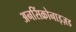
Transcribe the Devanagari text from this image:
अनसिंक्रोनाइज़ड